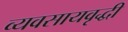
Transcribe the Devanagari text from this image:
व्यवसायवृद्धी